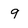
Character: 9